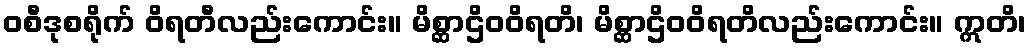
ဝစီဒုစရိုက် ဝိရတီလည်းကောင်း။ မိစ္ဆာဌိဝဝိရတိ၊ မိစ္ဆာဌိဝဝိရတိလည်းကောင်း။ ဣတိ၊